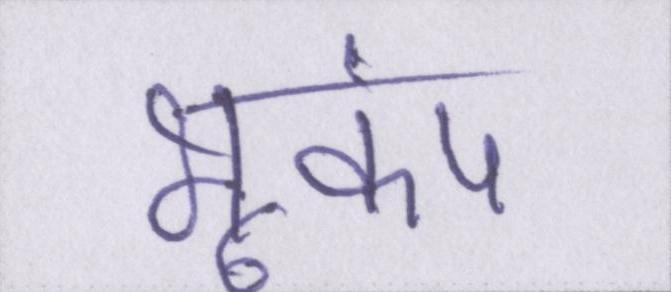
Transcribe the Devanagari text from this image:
भूकंप